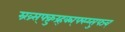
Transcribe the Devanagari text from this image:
म्र्ख्र्स्फ्क्रुय्र्ह्क्म्फ्स्य्सुफ्ज्व्